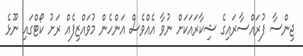
ޖިންސާ ފުރައްސާރައިގެ ޝިކާރަައަކަށް ނުވާ އެއްވެސް އަންހެން މުވައްޒިފެއް ރަށު ކޯޓްގައި ނޫޅެ